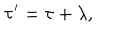
\tau ^ { \prime } = \tau + \lambda ,